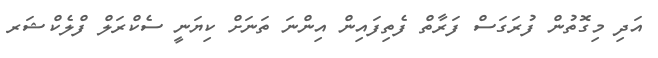
އަދި މިގޮތުން ފުރަގަސް ފަރާތް ފެތިފައިން އިންނަ ތަނަށް ކިޔަނީ ސެކްރަލް ފްލެކްޝަރ